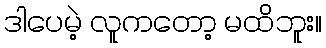
ဒါပေမဲ့ လူကတော့ မထိဘူး။